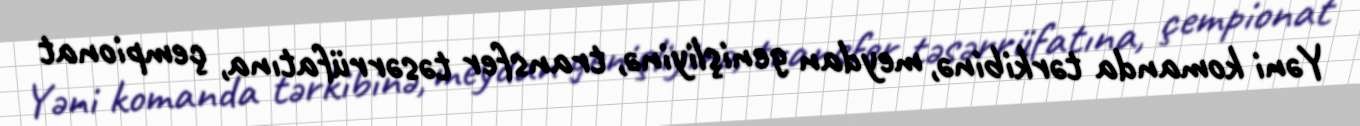
Yəni komanda tərkibinə, meydan genişliyinə, transfer təsərrüfatına, çempionat